Development of the Leishman-Donovan parasite in Cimex rotundatus - Number 31
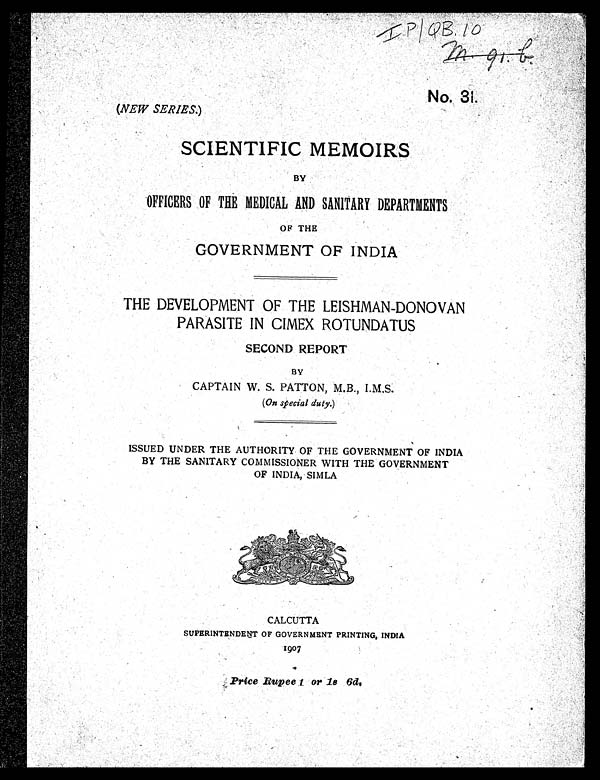
No. 31
(NEW SERIES.)
SCIENTIFIC MEMOIRS
BY
OFFICERS OF THE MEDICAL AND SANITARY DEPARTMENTS
OF THE
GOVERNMENT OF INDIA
THE DEVELOPMENT OF THE LEISHMAN-DONOVAN
PARASITE IN CIMEX ROTUNDATUS
SECOND REPORT
BY
CAPTAIN W. S. PATTON, M.B., I.M.S.
( On special duty. )
ISSUED UNDER THE AUTHORITY OF THE GOVERNMENT OF INDIA
BY THE SANITARY COMMISSIONER WITH THE GOVERNMENT
OF INDIA, SIMLA
CALCUTTA
SUPERINTENDENT OF GOVERNMENT PRINTING, INDIA
1907
Price Rupee 1 or 1s 6d.